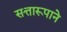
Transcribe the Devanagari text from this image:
सत्तारूपाने